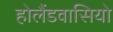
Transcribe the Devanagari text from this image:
होलैंडवासियो